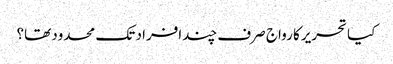
کیا تحریرکا رواج صرف چندافراد تک محدود تھا؟